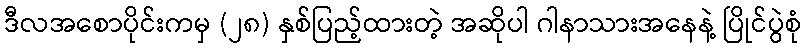
ဒီလအစောပိုင်းကမှ (၂၈) နှစ်ပြည့်ထားတဲ့ အဆိုပါ ဂါနာသားအနေနဲ့ ပြိုင်ပွဲစုံ